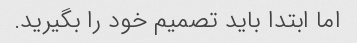
اما ابتدا باید تصمیم خود را بگیرید.